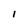
Character: l